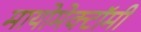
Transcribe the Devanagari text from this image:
मायोमेक्टॉमी